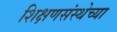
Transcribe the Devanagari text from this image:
शिक्षणसंस्थेच्या